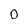
Character: 0